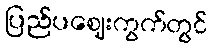
ပြည်ပဈေးကွက်တွင်